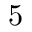
5